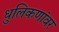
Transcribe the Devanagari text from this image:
धुलिकणांवर